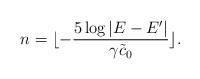
LaTeX: \begin{align*}n=\lfloor -\frac{5 \log|E-E'|}{\gamma \tilde{c}_0} \rfloor.\end{align*}